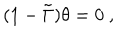
LaTeX: ( 1 - \tilde { \Gamma } ) \theta = 0 \ ,